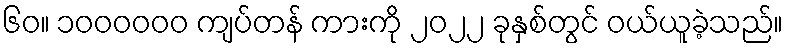
၆၀။ ၁၀၀၀၀၀၀ ကျပ်တန် ကားကို ၂၀၂၂ ခုနှစ်တွင် ဝယ်ယူခဲ့သည်။